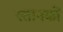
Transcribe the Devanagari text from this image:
स्तानकों